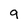
Character: 9